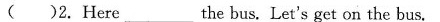
( ) 2. Here ___ the bus. Let's get on the bus.